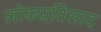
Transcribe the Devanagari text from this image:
लोकप्रतिसाद